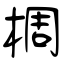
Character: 椆